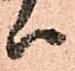
ハ